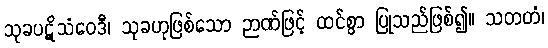
သုခပဋိသံဝေဒီ၊ သုခဟုဖြစ်သော ဉာဏ်ဖြင့် ထင်စွာ ပြုသည်ဖြစ်၍။ သတတံ၊